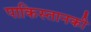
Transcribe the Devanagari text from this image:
पाकिस्तानकी